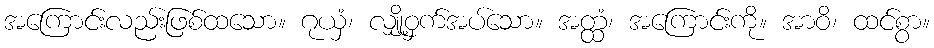
အကြောင်းလည်းဖြစ်ထသော။ ဂုယှံ၊ လျှို့ဝှက်အပ်သော။ အတ္ထံ၊ အကြောင်းကို။ အာဝိ၊ ထင်စွာ။